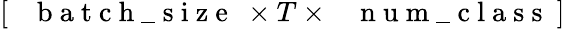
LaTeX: \left[\mathrm{~\texttt~{~b~a~t~c~h~\_ ~s~i~z~e~}~}\times T\times\mathrm{~\texttt~{~n~u~m~\_ ~c~l~a~s~s~}~}\right]